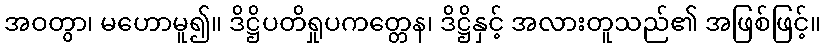
အဝတွာ၊ မဟောမူ၍။ ဒိဋ္ဌိပတိရှုပကတ္တေန၊ ဒိဋ္ဌိနှင့် အလားတူသည်၏ အဖြစ်ဖြင့်။